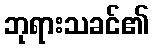
ဘုရားသခင်၏